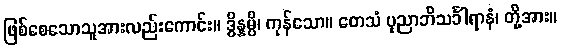
ဖြစ်စေသောသူအားလည်းကောင်း။ ဒွိန္နမ္ပိ၊ ကုန်သော။ တေသံ ပုညာဘိသင်္ခါရာနံ၊ တို့အား။